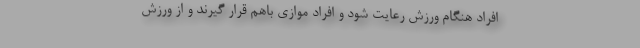
افراد هنگام ورزش رعایت شود و افراد موازی باهم قرار گیرند و از ورزش